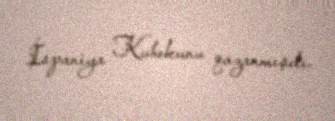
İspaniya Kubokunu qazanmışdı.